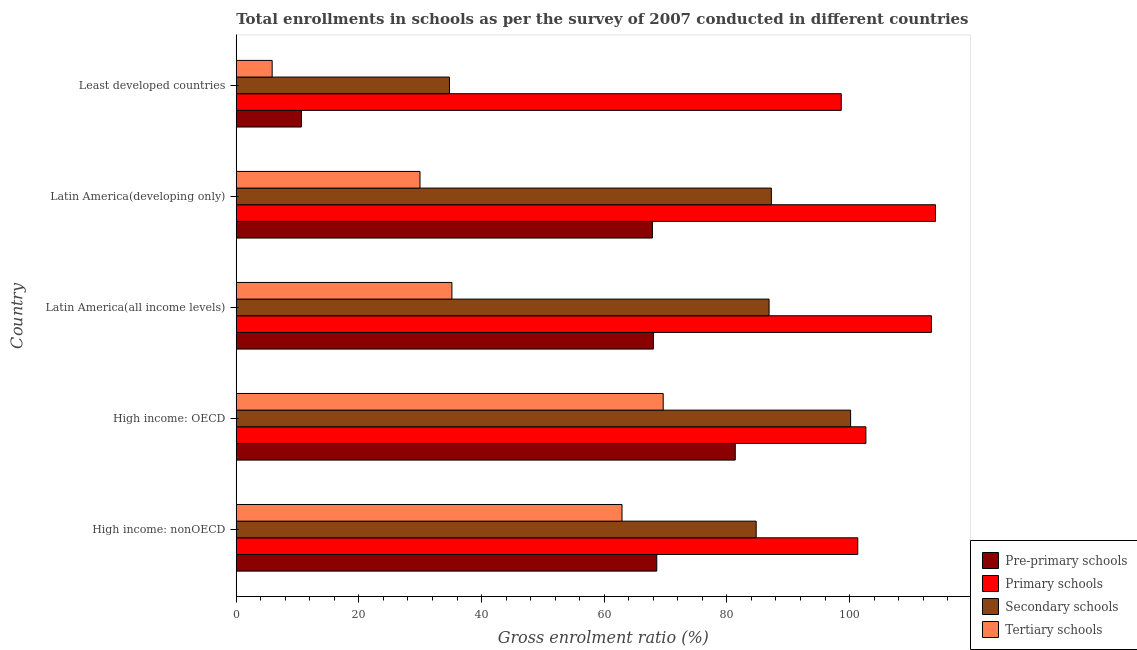
| Country | Pre-primary schools | Primary schools | Secondary schools | Tertiary schools |
 | --- | --- | --- | --- | --- |
 | High income: nonOECD | 68.6 | 101 | 84.8 | 62.9 |
 | High income: OECD | 81.4 | 103 | 100 | 69.6 |
 | Latin America(all income levels) | 68 | 113 | 86.9 | 35.2 |
 | Latin America(developing only) | 67.9 | 114 | 87.2 | 30 |
 | Least developed countries | 10.6 | 98.6 | 34.8 | 5.86 |